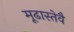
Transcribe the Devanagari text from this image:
मूढास्तेवै